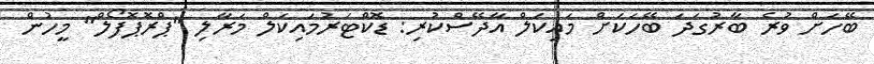
ބޭހަށް ވުރެ ބާރުގަދަ ބޭހަކަށް މައިކަލް އާދޭސްކުރި: ޑޮކްޓަރުމައިކަލް މަރާލި "ޕްރޮޕޮފޯލް" މީހުން